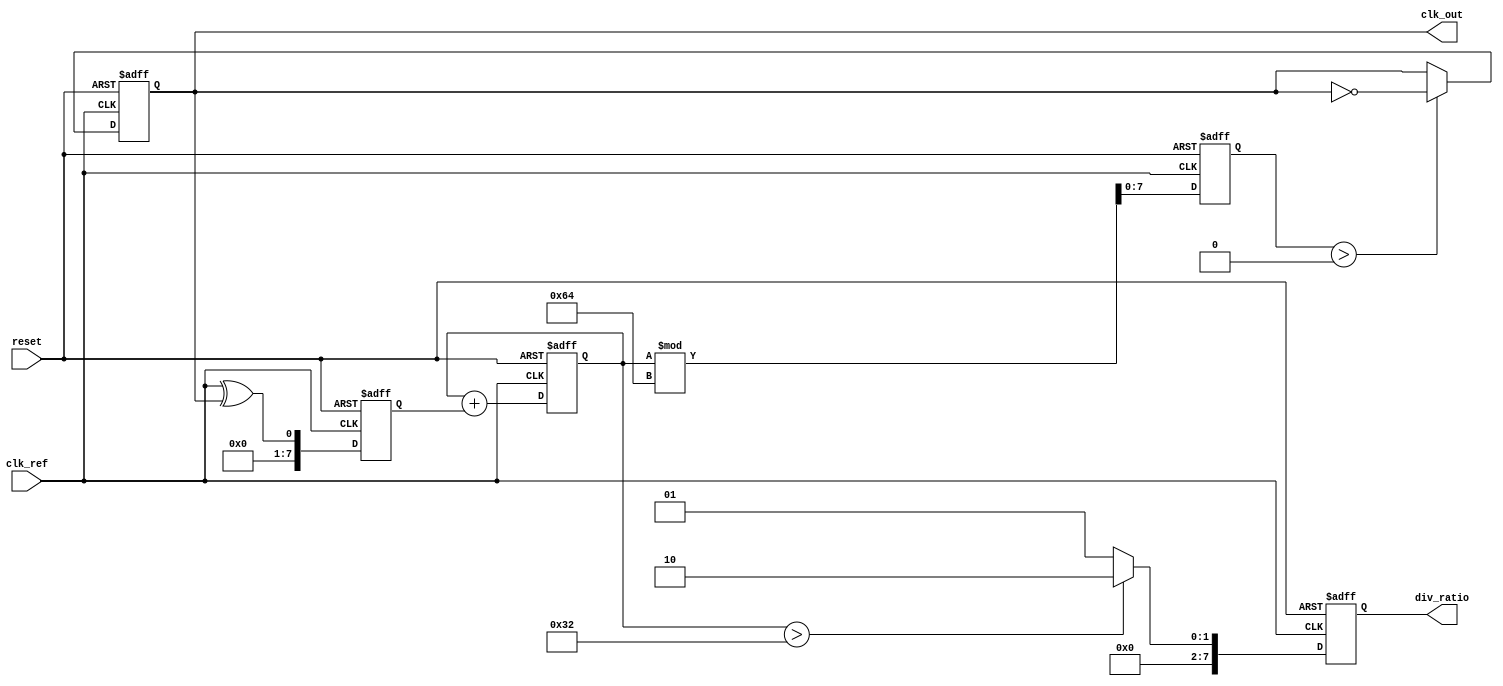
module PLL (
    input wire clk_ref,          // Reference clock input
    input wire reset,            // Reset signal
    output reg clk_out,          // Output clock
    output reg [7:0] div_ratio   // Division ratio for frequency divider
);

    // Parameters
    parameter N = 8;             // Number of bits for division ratio
    parameter VCO_MAX_FREQ = 100; // Max frequency for VCO (arbitrary units)
    
    // Internal signals
    reg [N-1:0] phase_error;     // Phase error signal
    reg [N-1:0] control_voltage;  // Control voltage for VCO
    reg [N-1:0] vco_freq;         // VCO frequency
    reg [N-1:0] divider_count;    // Counter for frequency divider
    reg [N-1:0] feedback;         // Feedback signal from divider

    // Phase Detector (PD) - Simple XOR implementation
    always @(posedge clk_ref or posedge reset) begin
        if (reset) begin
            phase_error <= 0;
        end else begin
            phase_error <= clk_ref ^ clk_out; // Phase error signal
        end
    end

    // Loop Filter (LF) - Simple first-order filter for demonstration
    always @(posedge clk_ref or posedge reset) begin
        if (reset) begin
            control_voltage <= 0;
        end else begin
            control_voltage <= control_voltage + phase_error; // Integrate phase error
        end
    end

    // Voltage-Controlled Oscillator (VCO)
    always @(posedge clk_ref or posedge reset) begin
        if (reset) begin
            vco_freq <= 0;
            clk_out <= 0;
        end else begin
            // Control VCO frequency based on control voltage
            vco_freq <= control_voltage % VCO_MAX_FREQ; // Simple frequency control
            clk_out <= (vco_freq > 0) ? ~clk_out : clk_out; // Toggle output clock
        end
    end

    // Frequency Divider
    always @(posedge clk_out or posedge reset) begin
        if (reset) begin
            divider_count <= 0;
            feedback <= 0;
        end else begin
            divider_count <= divider_count + 1;
            if (divider_count >= div_ratio) begin
                feedback <= ~feedback; // Toggle feedback signal
                divider_count <= 0;     // Reset counter
            end
        end
    end

    // Assign feedback to the output clock for phase detection
    always @(posedge clk_ref or posedge reset) begin
        if (reset) begin
            div_ratio <= 1; // Default division ratio
        end else begin
            // Example: Update division ratio based on some condition
            // This can be made programmable based on design requirements
            div_ratio <= (control_voltage > 50) ? 2 : 1; // Simple condition for demonstration
        end
    end

endmodule